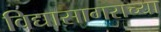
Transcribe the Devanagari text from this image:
विद्यासागराच्या